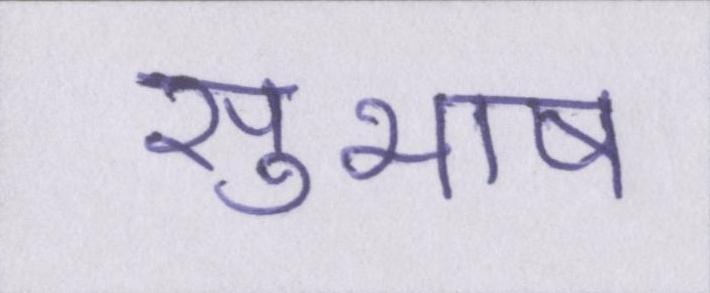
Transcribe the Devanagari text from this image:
सुभाष